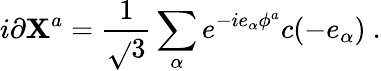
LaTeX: i\partial\mathbf{X}^{a}={\frac{{1}}{{\sqrt{}{3}}}}\sum_{\alpha}e^{-ie_{\alpha}\phi^{a}}c(-e_{\alpha})~.